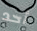
أحد